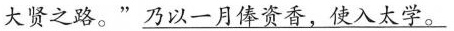
大贤之路。”\underline{乃以一月俸资香，使入太学。}